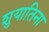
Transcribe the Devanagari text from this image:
शुयातिना